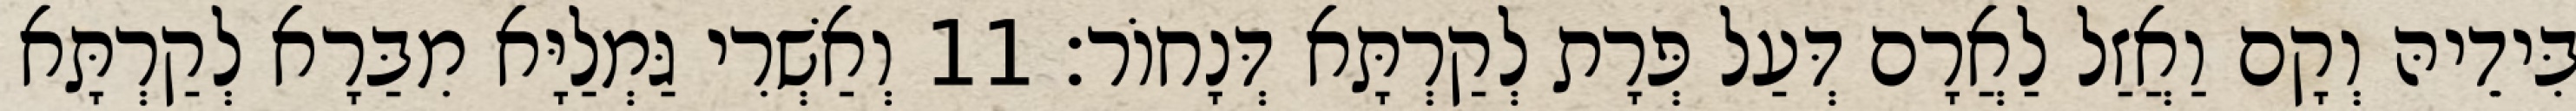
בִּידֵיהּ וְקָם וַאֲזַל לַאֲרָם דְּעַל פְּרָת לְקַרְתָּא דְּנָחוֹר׃ 11 וְאַשְׁרִי גַּמְלַיָּא מִבַּרָא לְקַרְתָּא